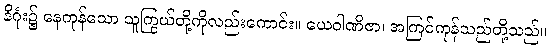
နိဂုံး၌ နေကုန်သော သူကြွယ်တို့ကိုလည်းကောင်း။ ယေဝါဏိဇာ၊ အကြင်ကုန်သည်တို့သည်။